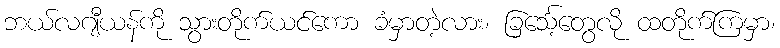
ဘယ်လဂျီယန်ကို သွားတိုက်ယင်ကော ခံမှာတဲ့လား၊ ခြင်္သေ့တွေလို ထတိုက်ကြမှာ၊